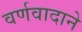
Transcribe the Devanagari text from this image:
वर्णवादाने